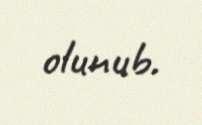
olunub.